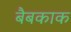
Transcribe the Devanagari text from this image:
बैबकाक